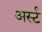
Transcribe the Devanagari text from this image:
अर्स्ट